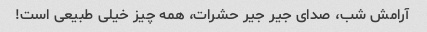
آرامش شب، صدای جیر جیر حشرات، همه چیز خیلی طبیعی است!